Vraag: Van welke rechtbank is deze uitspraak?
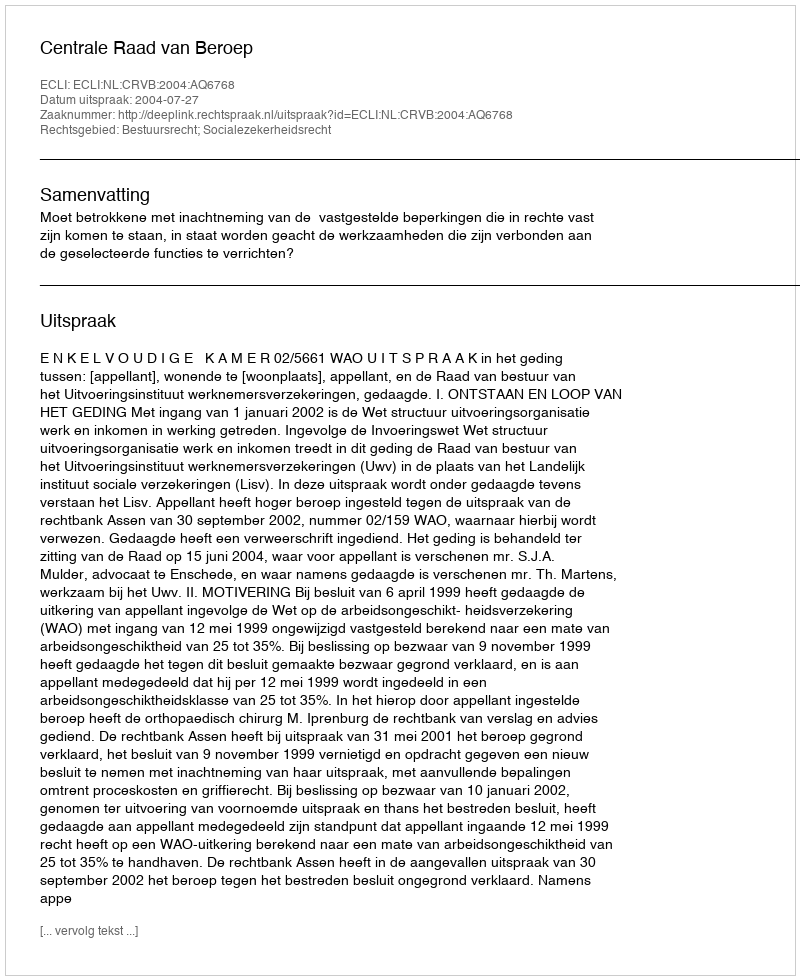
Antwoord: Centrale Raad van Beroep